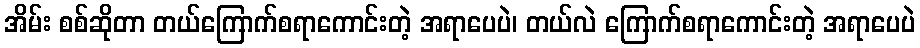
အိမ်း စစ်ဆိုတာ တယ်ကြောက်စရာကောင်းတဲ့ အရာပေပဲ၊ တယ်လဲ ကြောက်စရာကောင်းတဲ့ အရာပေပဲ